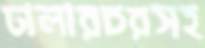
ঢালারচরসহ